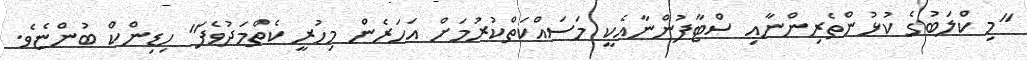
"މި ކްލަބުގެ ކުޅުންތެރިންނާއި ސްޓާފުންނާއެކީ މަސައްކަތްކުރުމަށް އަހަރެން މިހުރީ ކެތްމަދުވެފަ" ހިޑިންކް ބުންޏެވެ.